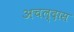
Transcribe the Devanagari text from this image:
अचल्दास